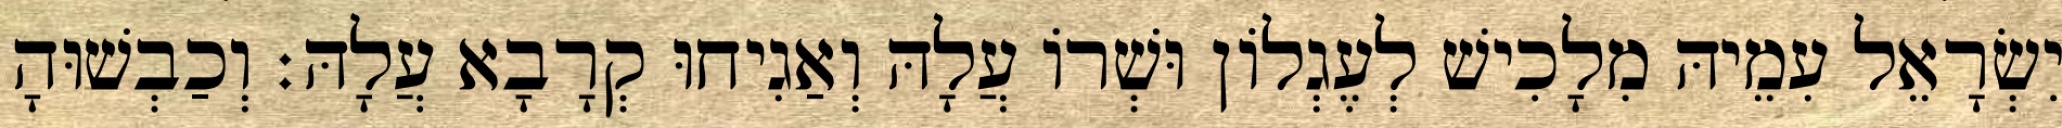
יִשְׂרָאֵל עִמֵיהּ מִלָכִישׁ לְעֶגְלוֹן וּשְׁרוֹ עֲלָהּ וְאַגִיחוּ קְרָבָא עֲלָהּ׃ וְכַבְשׁוּהָ